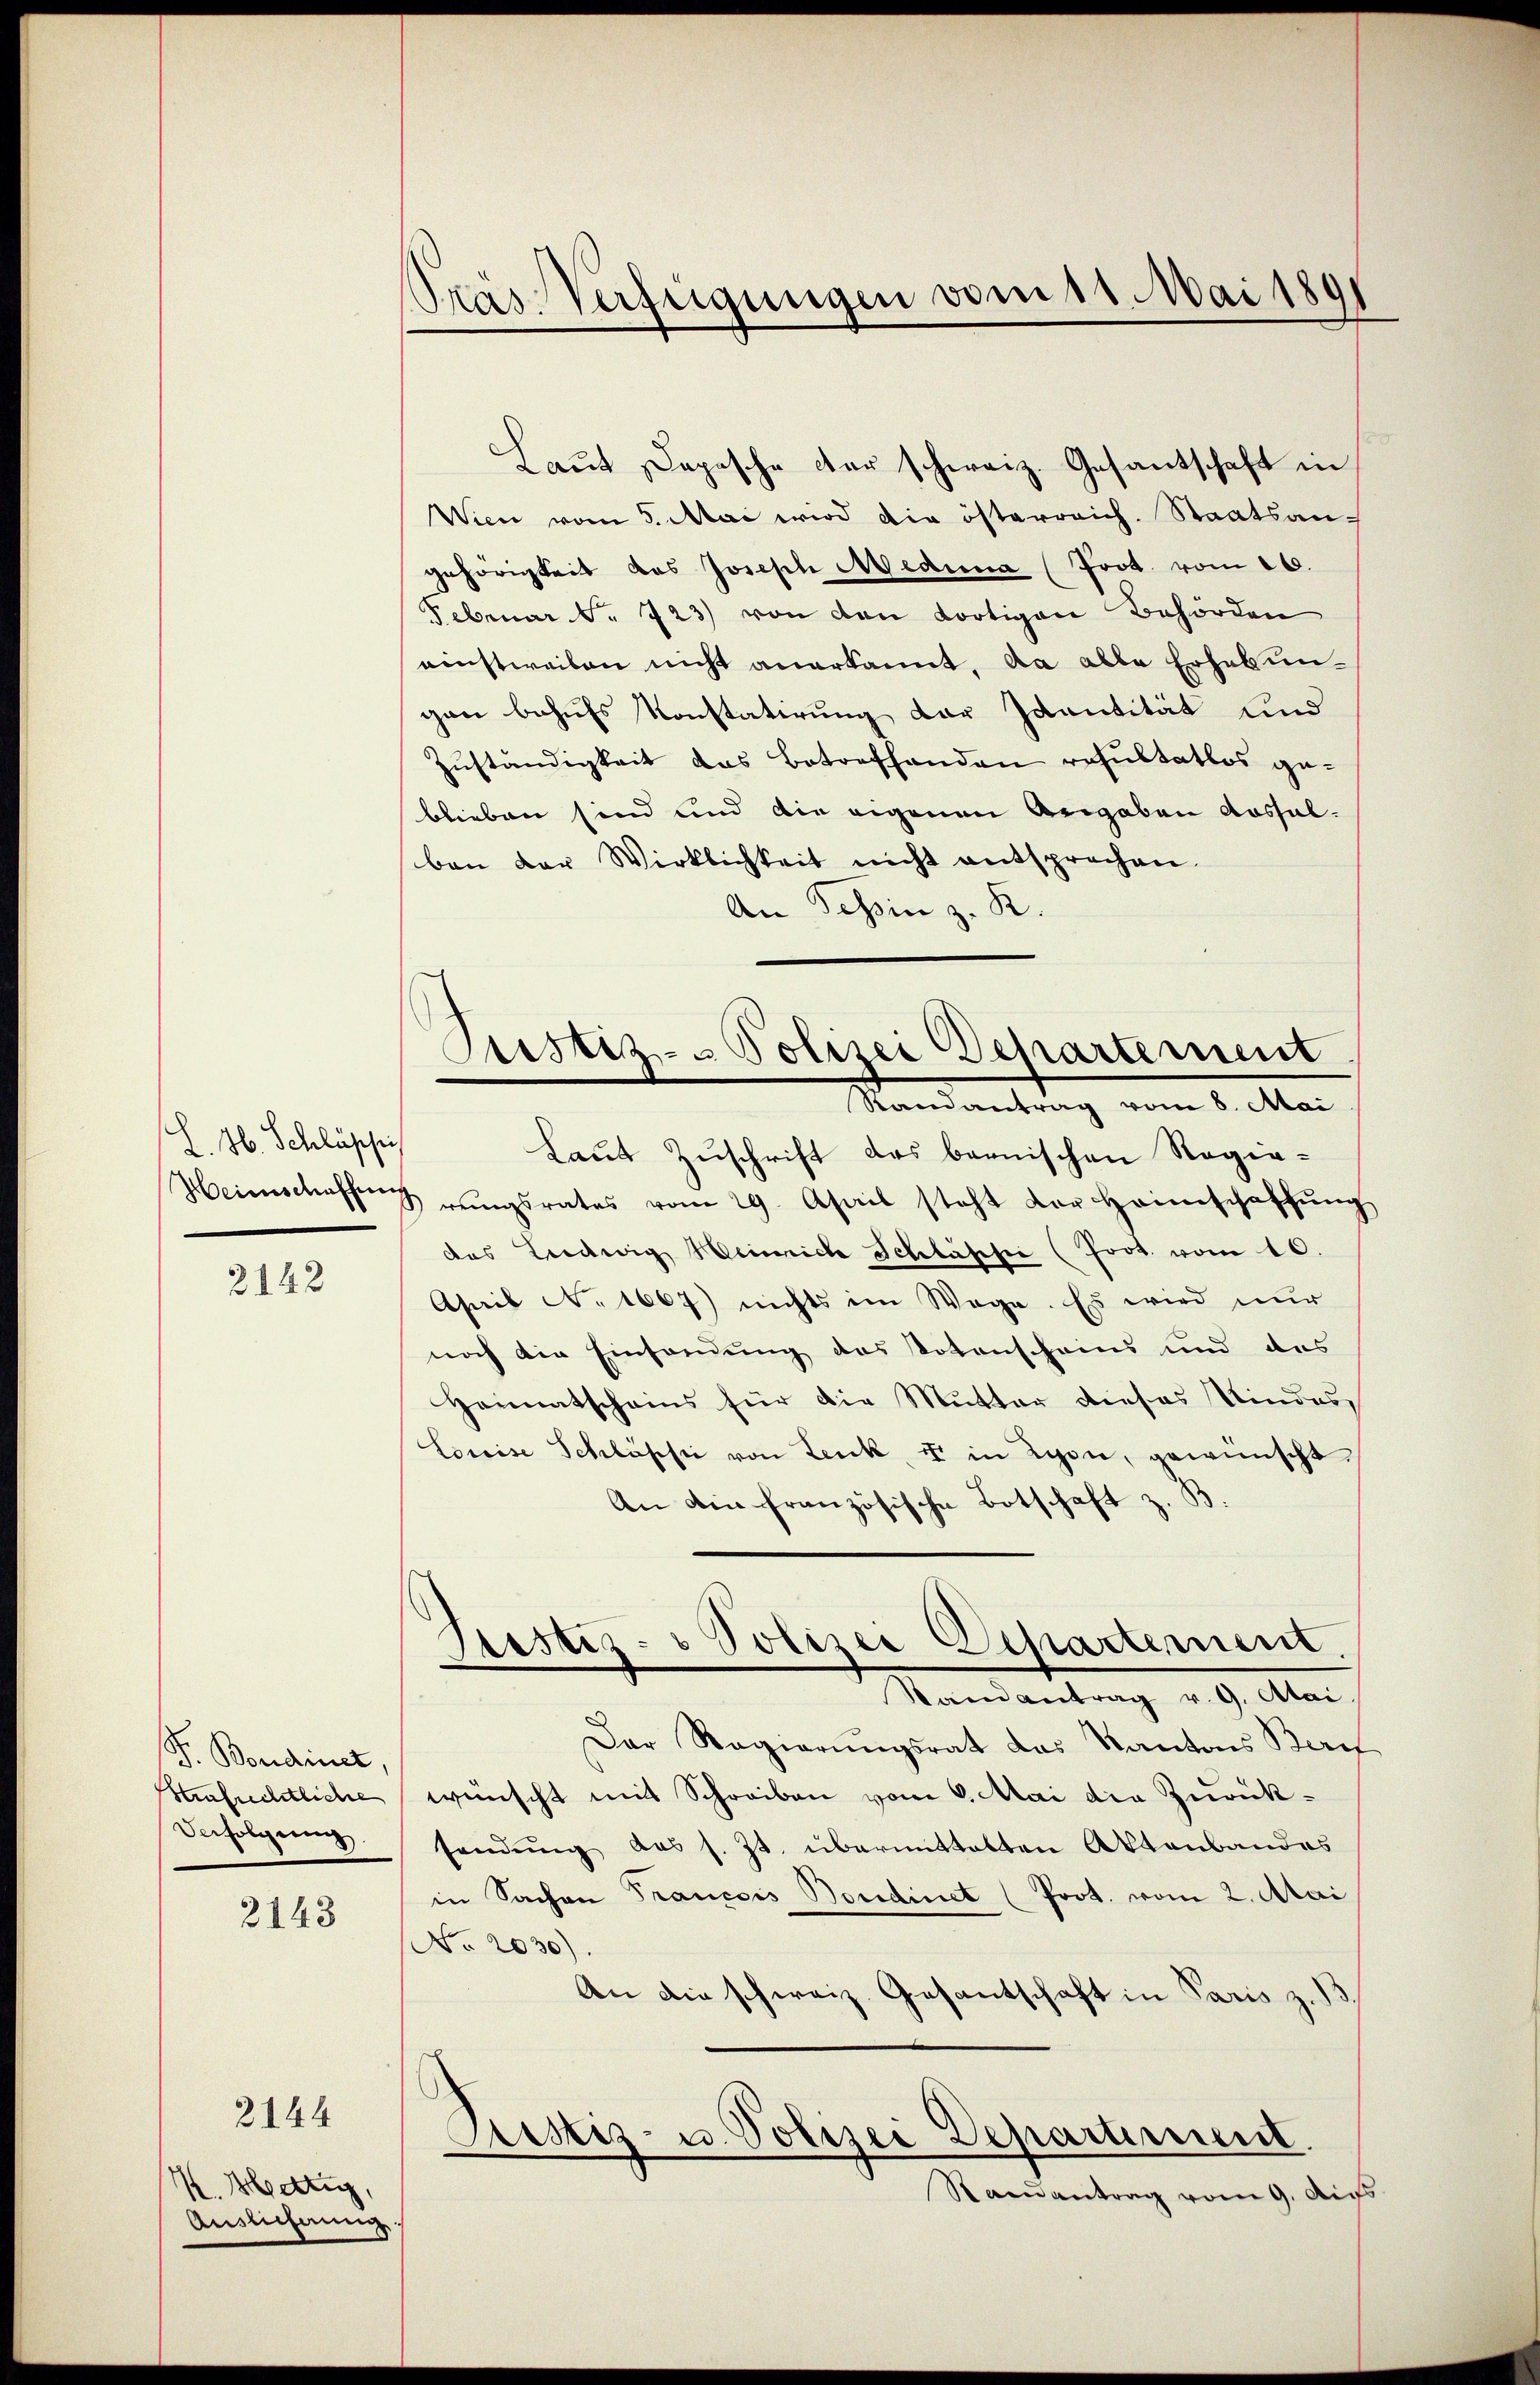
L. H. Schlässi

2142

P. Bondinet,
Strafrechtliche
Befolgung

2143

2144

K. Hottig,
Auslichnung,

Gras Verfügungen vom 11. Mai 1891

Justiz- Polizei Departement
Randantrag vom 6. Mai

Laut Depesche der schweiz. Gesantschaft in
Wien vom 5. Mai wird die österreich. Staatsan-
gehörigkeit das Joseph Medina (Prot. vom 26.
Februar f. 723) von den dortigen Behörden
einstweilen nicht anerkannt, da alle Erhebungen behufs Konstatirung der Ivantität und
Zŭständigkeit das Botoefhanden resultatlos geblieben sind und die eigenen Angaben Aussalben der Wirklichkeit nicht entsprochen.
An Tessin z. R.
Laut Zuschrift des bernischen Regie¬
Heimschaffung rŭngsrates vom 29. April steht der Heimschaffŭng
das Ludwig Heinrich Schlässer (Prot. vom 10.
Ahnib N. 1667) nichts im Wege. Es wird nur
noch die Einsendung des Votenscheins und des
Heimatscheins für die Mutter dieses Kindess
Louise Schlüsse von Lenk, I in Lyon, gewünscht
An ain französische Botschaft z. B
Justiz- & Polizei Departement
Randantrag v. 9. Mai
Der Regierŭngsrat das Kantons Beri
wünscht mit Schreiben vom 6. Mai die Zurücksendung das s. Zt. übermittalten Aktenbandes
in Sachen Francois Bordinet (Prot. vom 2. Mai
No. 2030).
An die schweiz. Gesantschaft in Paris z.
Ristiz- u. Polizei Departement.
Randantrag vom 9. Aus